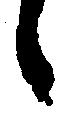
候